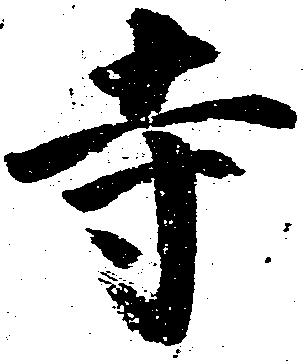
寺